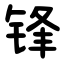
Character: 锋